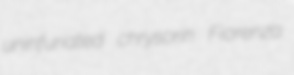
uninfuriated chrysorin Fiorenza